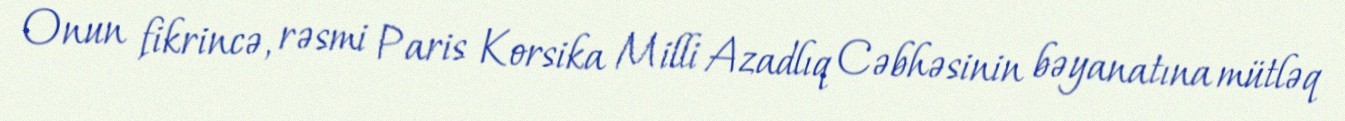
Onun fikrincə, rəsmi Paris Korsika Milli Azadlıq Cəbhəsinin bəyanatına mütləq